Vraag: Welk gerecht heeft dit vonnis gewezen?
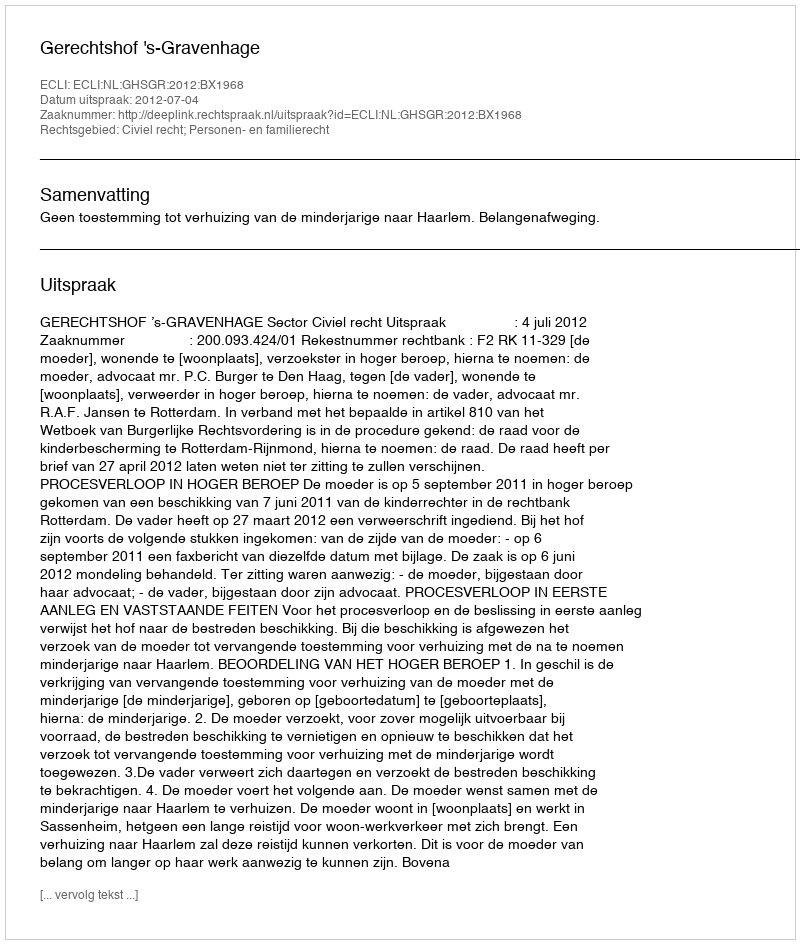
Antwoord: Gerechtshof 's-Gravenhage